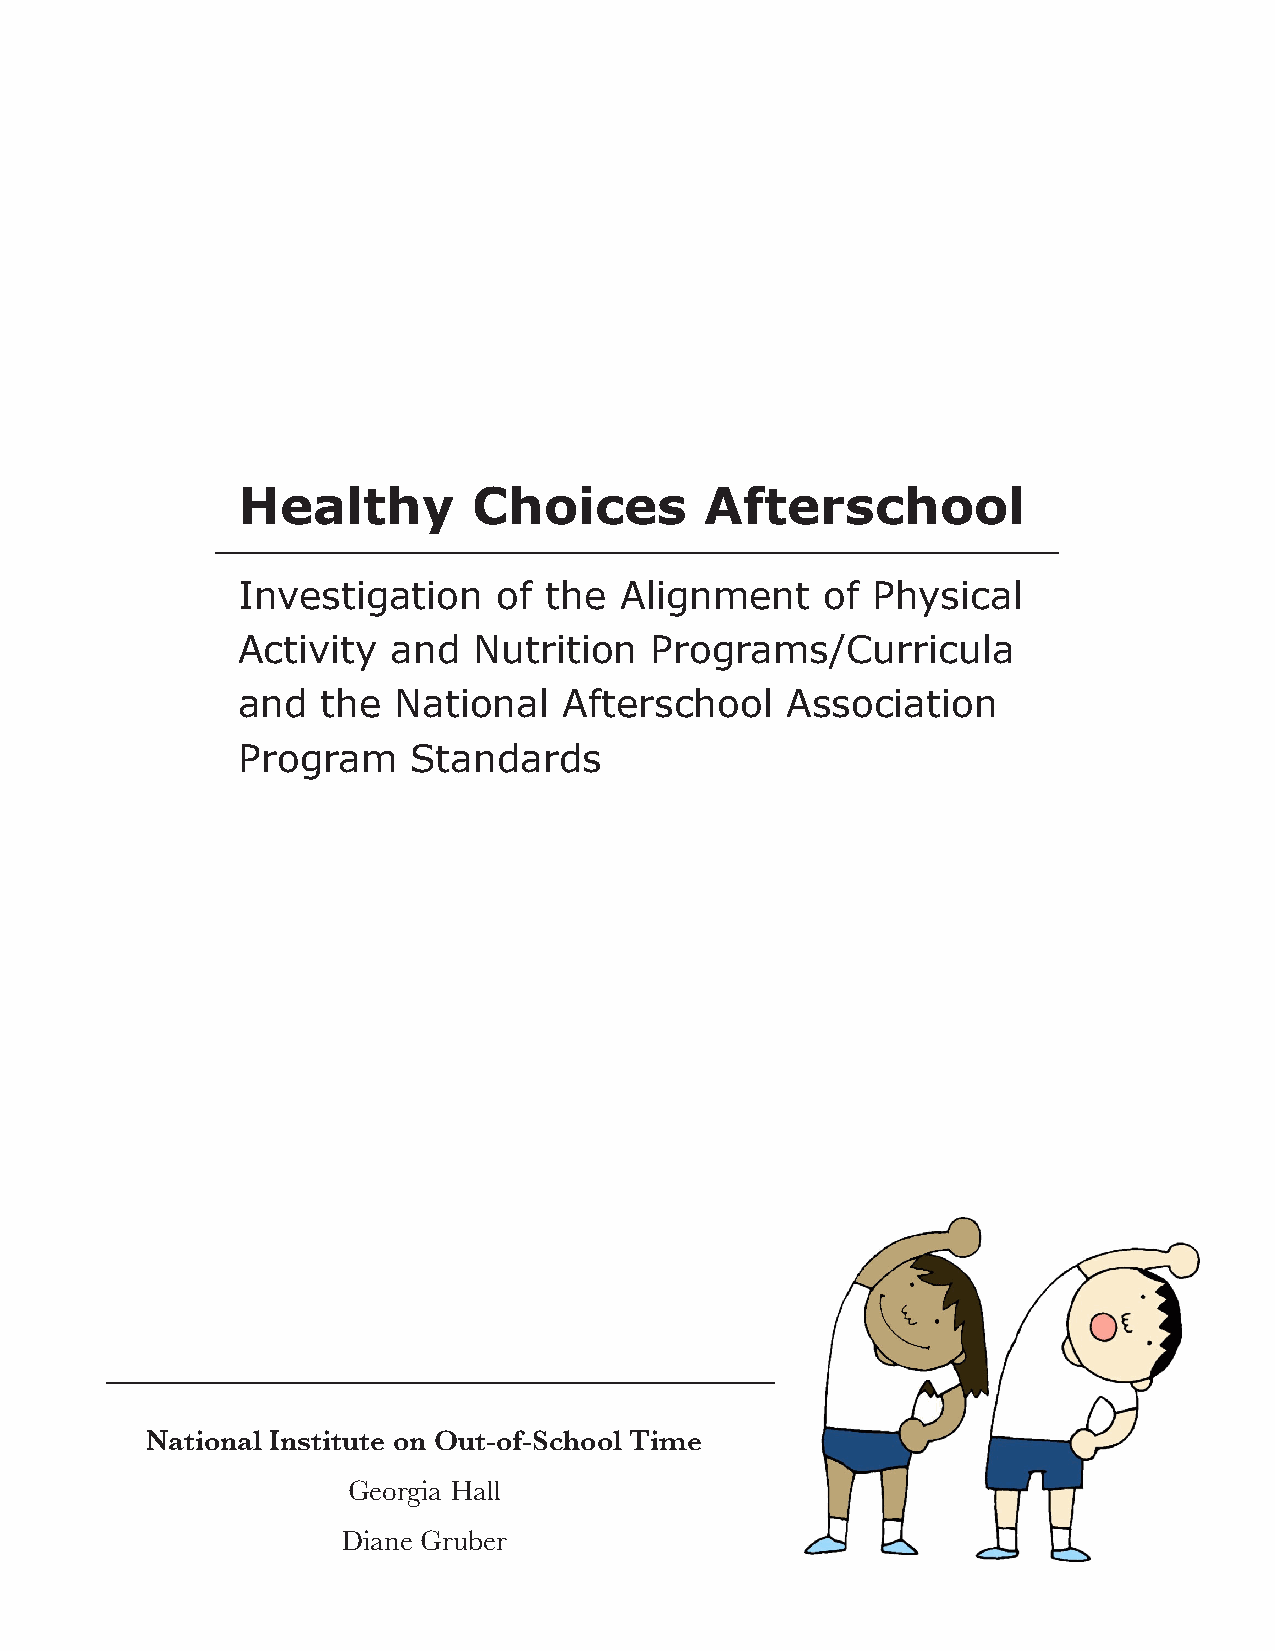
Healthy        Choices         Afterschool
 Investigation    of the  Alignment     of Physical
 Activity  and  Nutrition   Programs/Curricula
 and  the  National   Afterschool    Association
 Program    Standards
 National Institute on Out-of-School Time
 Georgia Hall
 Diane Gruber